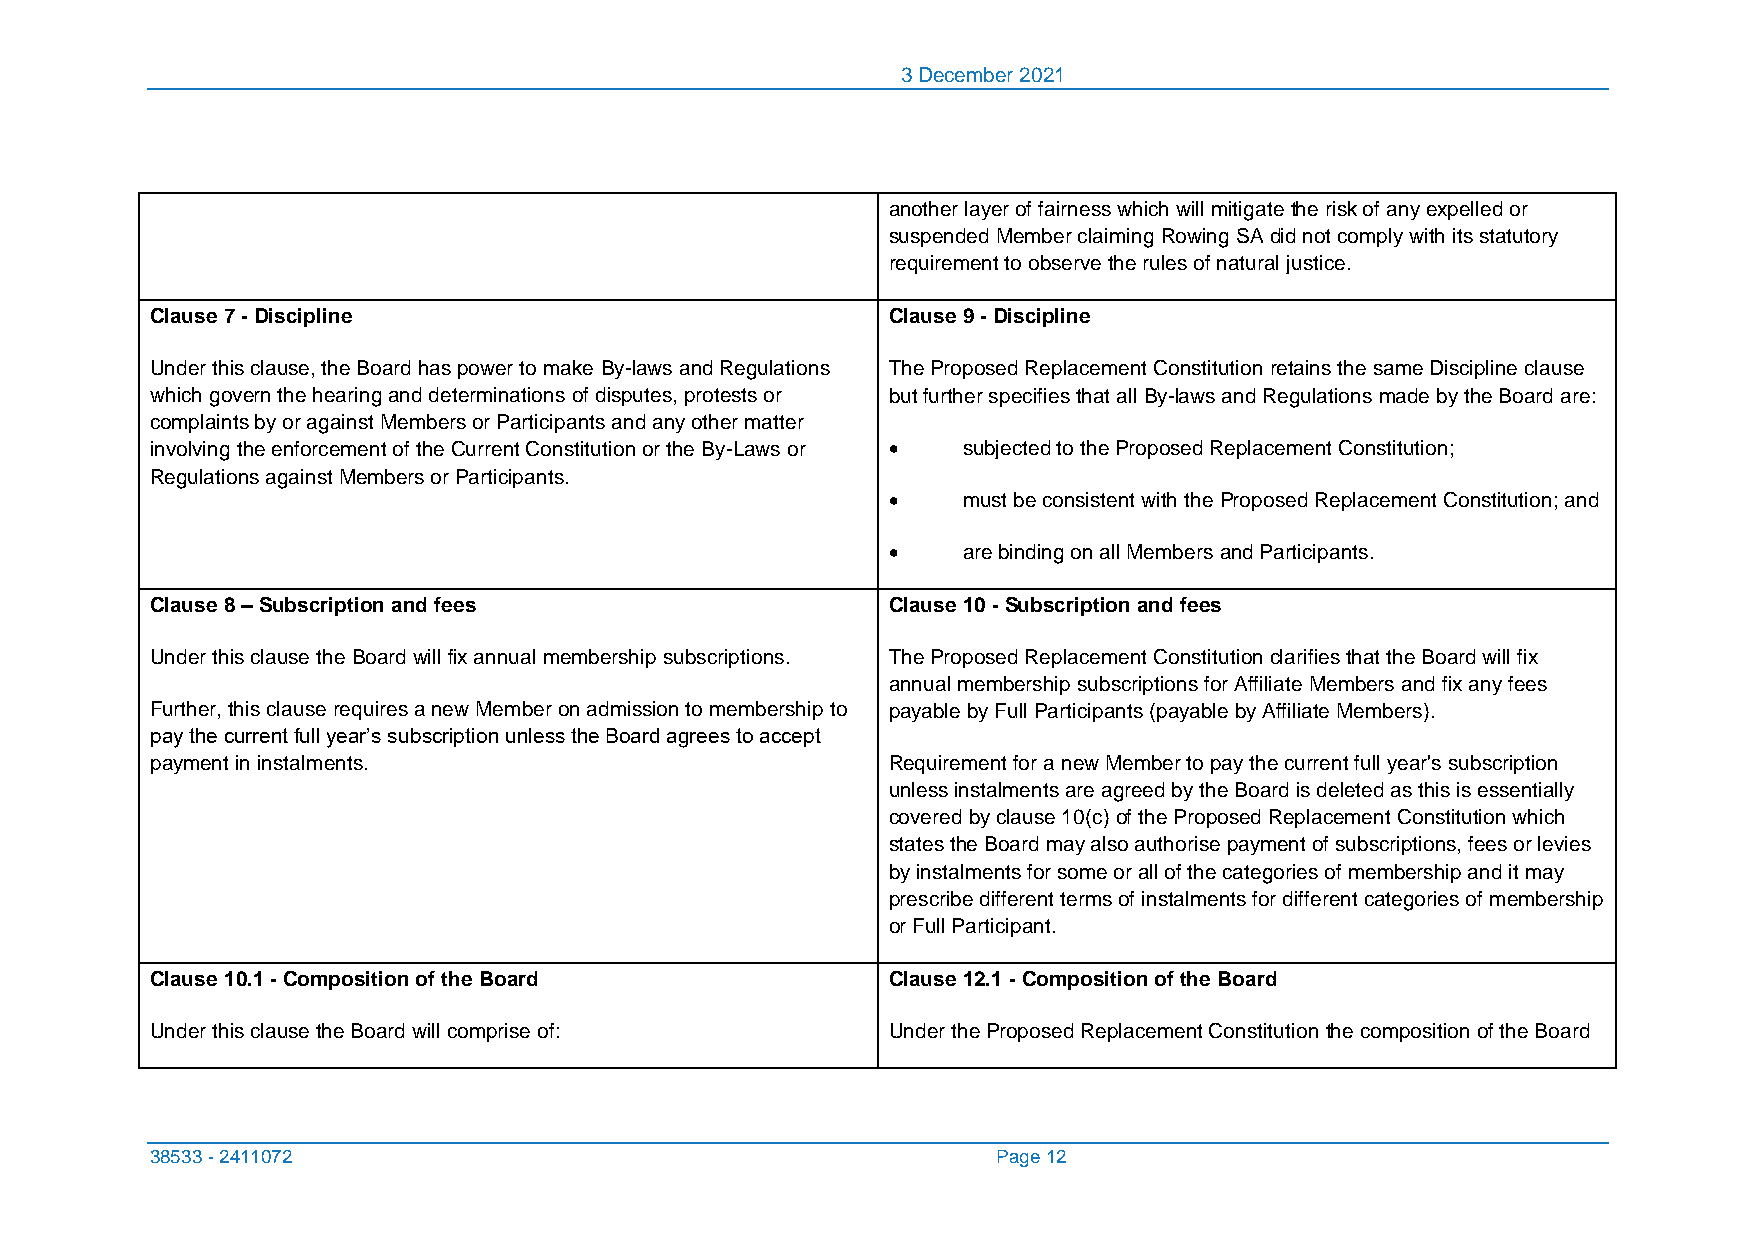
3 December 2021
 another layer of fairness which will mitigate the risk of any expelled or
 suspended Member claiming Rowing SA did not comply with its statutory
 requirement to observe the rules of natural justice.
 Clause 7 - Discipline                            Clause 9 - Discipline
 Under this clause, the Board has power to make By-laws and Regulations The Proposed Replacement Constitution retains the same Discipline clause
 which govern the hearing and determinations of disputes, protests or but further specifies that all By-laws and Regulations made by the Board are:
 complaints by or against Members or Participants and any other matter
 involving the enforcement of the Current Constitution or the By-Laws or • subjected to the Proposed Replacement Constitution;
 Regulations against Members or Participants.
 •    must be consistent with the Proposed Replacement Constitution; and
 •    are binding on all Members and Participants.
 Clause 8 – Subscription and fees                 Clause 10 - Subscription and fees
 Under this clause the Board will fix annual membership subscriptions. The Proposed Replacement Constitution clarifies that the Board will fix
 annual membership subscriptions for Affiliate Members and fix any fees
 Further, this clause requires a new Member on admission to membership to payable by Full Participants (payable by Affiliate Members).
 pay the current full year’s subscription unless the Board agrees to accept
 payment in instalments.                          Requirement for a new Member to pay the current full year's subscription
 unless instalments are agreed by the Board is deleted as this is essentially
 covered by clause 10(c) of the Proposed Replacement Constitution which
 states the Board may also authorise payment of subscriptions, fees or levies
 by instalments for some or all of the categories of membership and it may
 prescribe different terms of instalments for different categories of membership
 or Full Participant.
 Clause 10.1 - Composition of the Board           Clause 12.1 - Composition of the Board
 Under this clause the Board will comprise of:    Under the Proposed Replacement Constitution the composition of the Board
 38533 - 2411072                                         Page 12